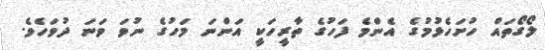
ލޯގޯތައް ހުށަހެޅުމުގެ އެންމެ ފަހުގެ ތާރީހަކީ އަންނަ މަހުގެ ނުވަ ވަނަ ދުވަހެވެ.